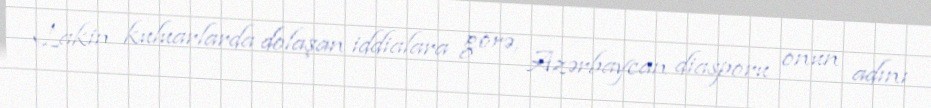
Lakin kuluarlarda dolaşan iddialara görə, Azərbaycan diasporu onun adını